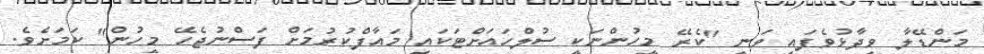
މަންޑޭލާ ވިދާޅުވެފައި ވަނީ "ކެރޭ މީހުންނަކީ ސުލްހައަށްޓަކައި މައާފްކުރުމަށް ފަސްނުޖެހޭ މީހުން" ކަމަށެވެ.